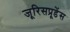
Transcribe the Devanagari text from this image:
जूरिसप्रूडेंस